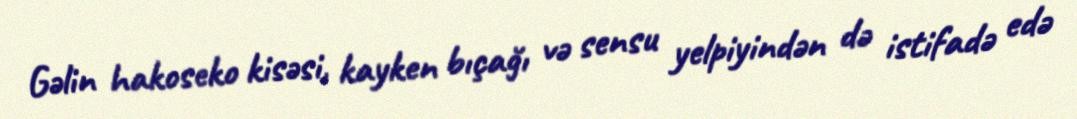
Gəlin hakoseko kisəsi, kayken bıçağı və sensu yelpiyindən də istifadə edə